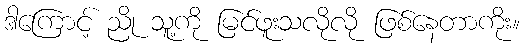
ဒါကြောင့် ညို သူ့ကို မြင်ဖူးသလိုလို ဖြစ်နေတာကိုး။